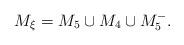
LaTeX: \begin{gather*}M_{\xi} = M_5 \cup M_4 \cup M_5^- .\end{gather*}